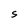
Character: S